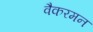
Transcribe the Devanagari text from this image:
वैकरमन